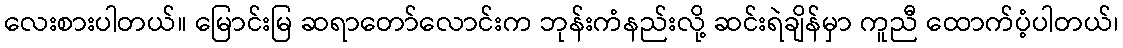
လေးစားပါတယ်။ မြောင်းမြ ဆရာတော်လောင်းက ဘုန်းကံနည်းလို့ ဆင်းရဲချိန်မှာ ကူညီ ထောက်ပံ့ပါတယ်၊